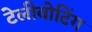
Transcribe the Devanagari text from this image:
टेलीवोटिंग